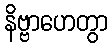
နိဗ္ဗာဟေတွာ